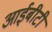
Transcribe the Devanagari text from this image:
आईबीटी